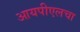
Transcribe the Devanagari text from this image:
आयपीएलचा